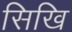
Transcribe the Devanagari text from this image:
सिखि